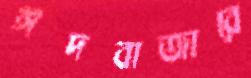
ঈদবাজারে